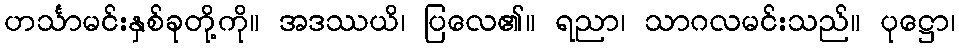
ဟင်္သာမင်းနှစ်ခုတို့ကို။ အဒဿယိ၊ ပြလေ၏။ ရညာ၊ သာဂလမင်းသည်။ ပုဋ္ဌော၊